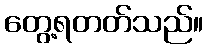
တွေ့ရတတ်သည်။